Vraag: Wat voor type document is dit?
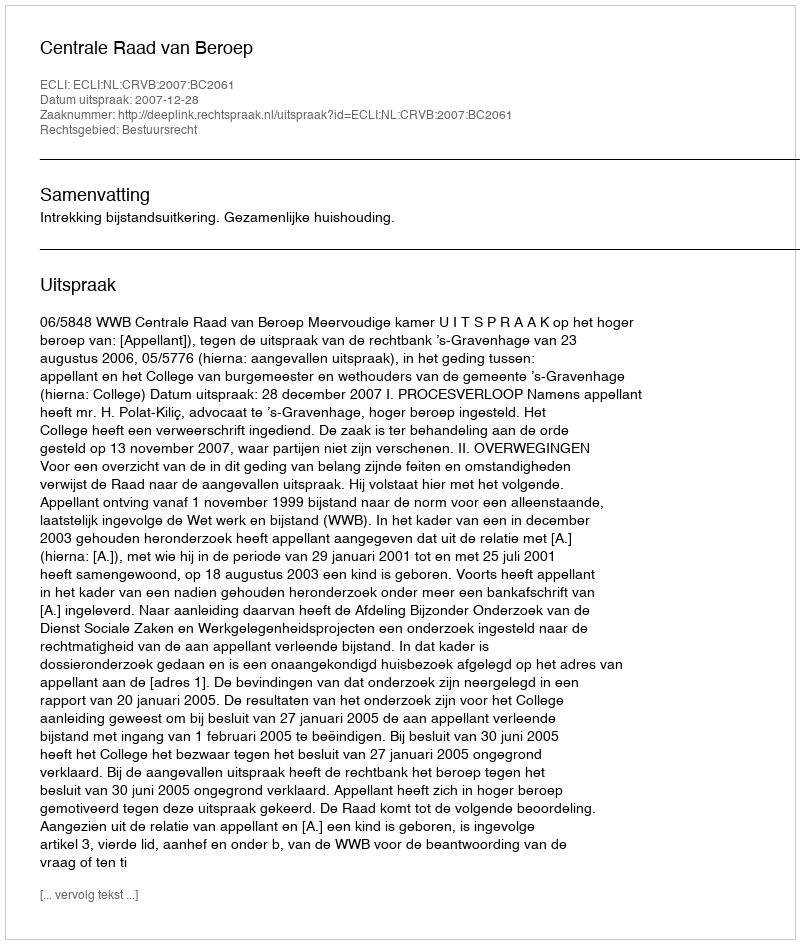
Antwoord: Uitspraak